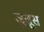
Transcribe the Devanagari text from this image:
जुसूस